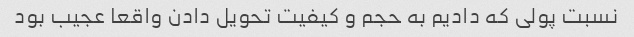
نسبت پولی که دادیم به حجم و کیفیت تحویل دادن واقعا عجیب بود